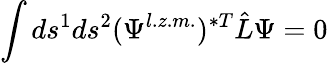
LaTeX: \int ds^{1}ds^{2}(\Psi^{l.z.m.})^{\ast T}\hat{L}\Psi=0